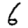
Digit: 6